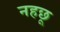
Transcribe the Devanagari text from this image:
नहछू